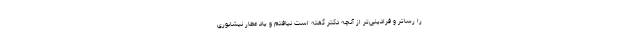
را رساتر و فرادینی‌تر از آنچه دکتر گفته است نیافتم و یاد عطار نیشابوری